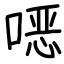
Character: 𫫇